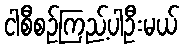
ငါစီစဉ်ကြည့်ပါဦးမယ်